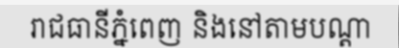
រាជធានីភ្នំពេញ និងនៅតាមបណ្តា